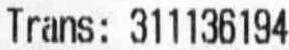
TRANS: 311136194